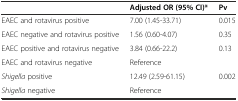
<table><thead><tr><td></td><td><b>Adjusted OR (95% CI)*</b></td><td><b>Pv</b></td></tr></thead><tbody><tr><td>EAEC and rotavirus positive</td><td>7.00 (1.45-33.71)</td><td>0.015</td></tr><tr><td>EAEC negative and rotavirus positive</td><td>1.56 (0.60-4.07)</td><td>0.35</td></tr><tr><td>EAEC positive and rotavirus negative</td><td>3.84 (0.66-22.2)</td><td>0.13</td></tr><tr><td>EAEC and rotavirus negative</td><td>Reference</td><td></td></tr><tr><td><i>Shigella</i> positive</td><td>12.49 (2.59-61.15)</td><td>0.002</td></tr><tr><td><i>Shigella</i> negative</td><td>Reference</td><td></td></tr></tbody></table>